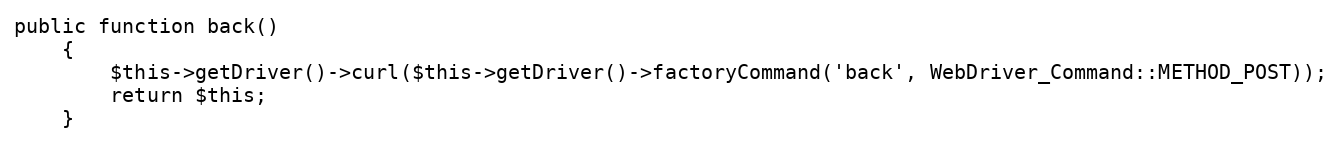
Language: PHP
public function back()
    {
        $this->getDriver()->curl($this->getDriver()->factoryCommand('back', WebDriver_Command::METHOD_POST));
        return $this;
    }